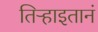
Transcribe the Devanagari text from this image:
तिऱ्हाइतानं